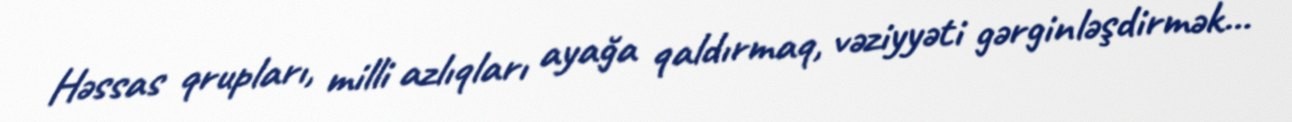
Həssas qrupları, milli azlıqları ayağa qaldırmaq, vəziyyəti gərginləşdirmək...